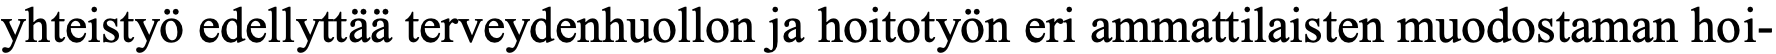
yhteistyö edellyttää terveydenhuollon ja hoitotyön eri ammattilaisten muodostaman hoi-